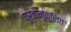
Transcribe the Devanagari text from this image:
पूर्वानुकूलित